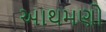
આથમણો